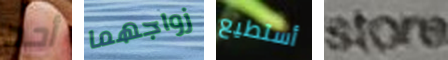
أحد زواجهما أستطيع store